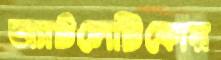
অ্যাটলেটিকোয়